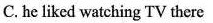
C.he liked watching TV there